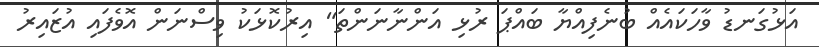
އަޅުގަނޑު ވާހަކައެއް ބުނެފިއްޔާ ބައްޕަ ރުޅި އަންނާނަންތަ" އިރުކޮޅަކު ވިސްނަން އޮވެފައި އުޒައިރު